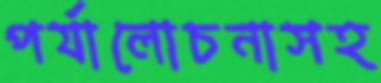
পর্যালোচনাসহ